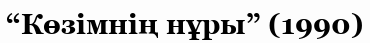
“Көзімнің нұры” (1990)